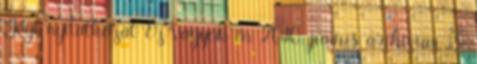
Jogi nyilatkozat Ez vagyok én 2010. június archívum «